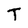
Character: T